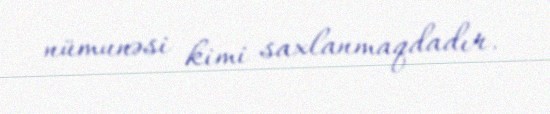
nümunəsi kimi saxlanmaqdadır.